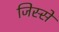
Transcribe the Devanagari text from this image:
जिस्‍से